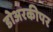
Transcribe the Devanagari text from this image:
डोअरकीपर